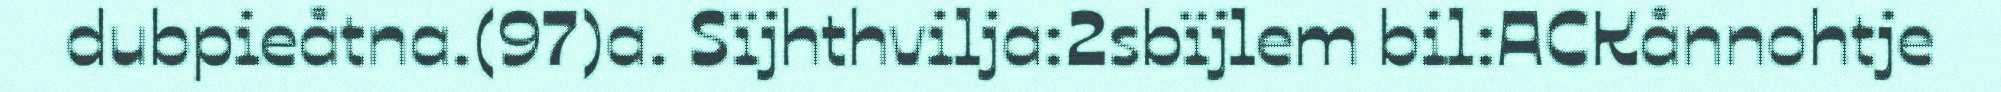
dubpieåtna.(97)a. Sïjhthvilja:2sbïjlem bil:ACKånnohtje